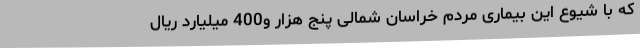
که با شیوع این بیماری مردم خراسان شمالی پنج هزار و400 میلیارد ریال